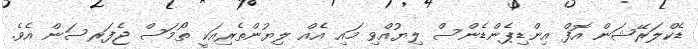
ޑެކްލަރޭޝަން އޮފް އިންޑިޕެންޑެންސް ލިޔުއްވި މައި އެއް ލިޔުންތެރިއަކީ ތޯމަސް ޖެފަރސަން އެވެ.